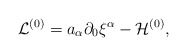
\begin{align*}{\cal L}^{(0)} = a_{\alpha}\partial_0{\xi}^{\alpha} - {\cal H}^{(0)},\end{align*}